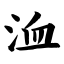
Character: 洫